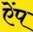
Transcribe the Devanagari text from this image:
ऐंप